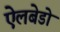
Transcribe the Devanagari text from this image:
ऐलबेडो